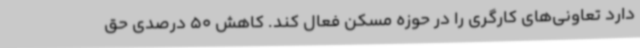
دارد تعاونی‌های کارگری را در حوزه مسکن فعال کند. کاهش 50 درصدی حق